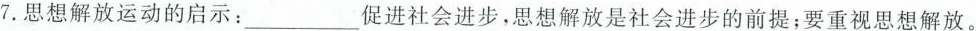
7. 思想解放运动的启示：____促进社会进步，思想解放是社会进步的前提；要重视思想解放。